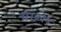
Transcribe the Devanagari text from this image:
सस्क्रोप